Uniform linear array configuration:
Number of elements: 16
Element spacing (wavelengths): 1
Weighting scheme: exponential
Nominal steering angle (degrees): -15
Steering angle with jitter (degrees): -13.311
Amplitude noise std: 0.05
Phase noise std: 0.05

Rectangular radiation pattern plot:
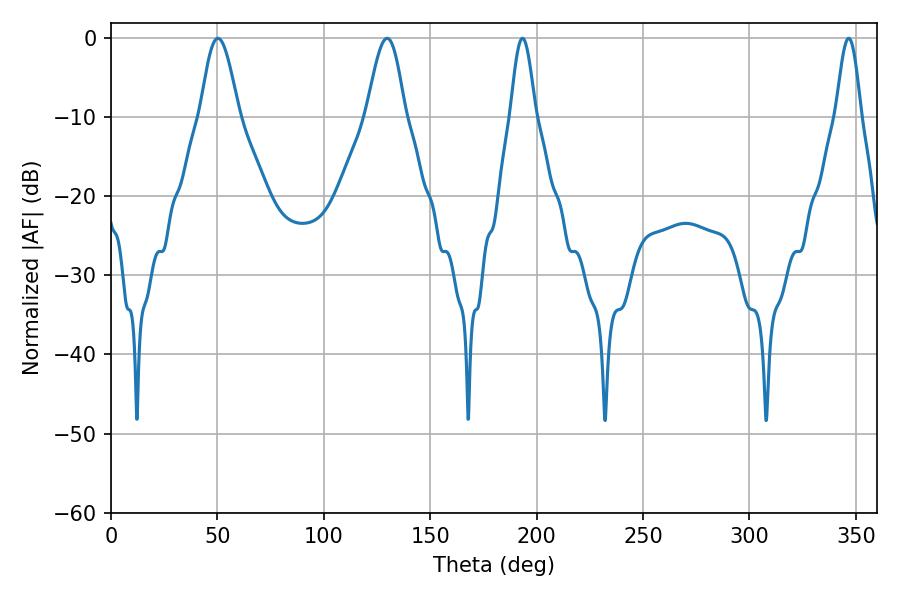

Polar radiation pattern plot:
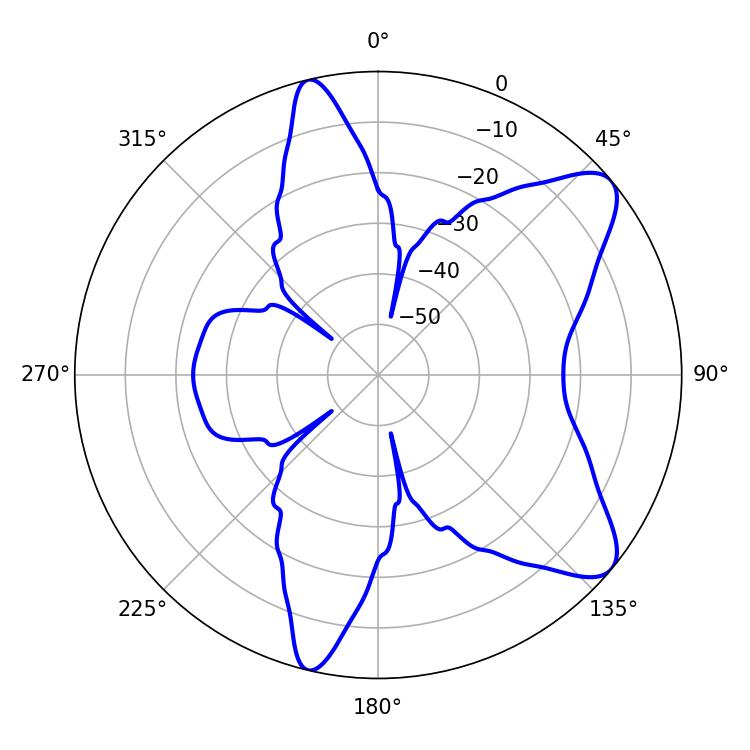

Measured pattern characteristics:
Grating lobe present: TRUE
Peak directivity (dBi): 9.044
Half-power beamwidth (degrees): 9.54
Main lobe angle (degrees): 50.22